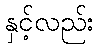
နှင့်လည်း